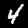
Label: 4